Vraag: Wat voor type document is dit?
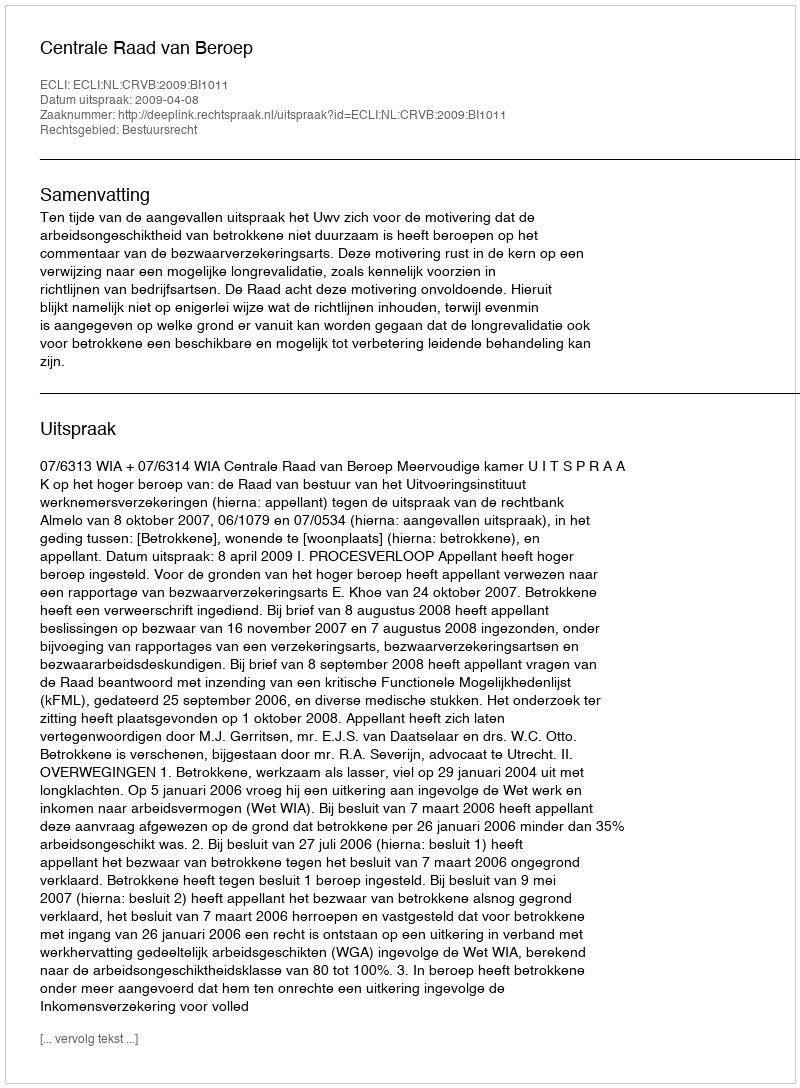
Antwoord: Uitspraak